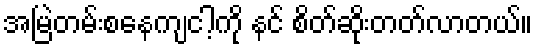
အမြဲတမ်းစနေကျငါ့ကို နင် စိတ်ဆိုးတတ်လာတယ်။